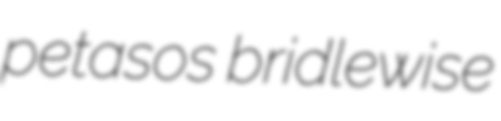
petasos bridlewise